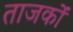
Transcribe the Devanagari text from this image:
ताजकों